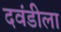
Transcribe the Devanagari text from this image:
दवंडीला